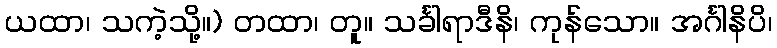
ယထာ၊ သကဲ့သို့။) တထာ၊ တူ။ သင်္ခါရာဒီနိ၊ ကုန်သော။ အင်္ဂါနိပိ၊